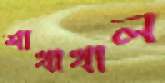
শাখাখাল